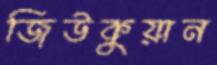
জিউকুয়ান